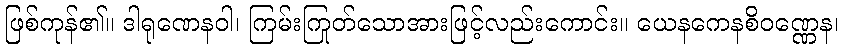
ဖြစ်ကုန်၏။ ဒါရုဏေနဝါ၊ ကြမ်းကြုတ်သောအားဖြင့်လည်းကောင်း။ ယေနကေနစိဝဏ္ဏေန၊